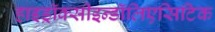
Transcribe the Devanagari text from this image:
हाइड्रॉक्सीइन्डॉलिएसिटिक